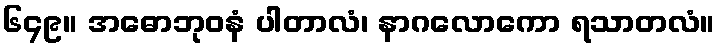
၆၄၉။ အဓောဘုဝနံ ပါတာလံ၊ နာဂလောကော ရသာတလံ။